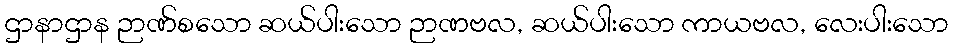
ဌာနာဌာန ဉာဏ်စသော ဆယ်ပါးသော ဉာဏဗလ, ဆယ်ပါးသော ကာယဗလ, လေးပါးသော